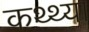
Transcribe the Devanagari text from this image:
कथ्थ्या